Sanitation, dispensaries and jails vaccination Rajputana 1922-1927 - 1922-1927
Year: 1922
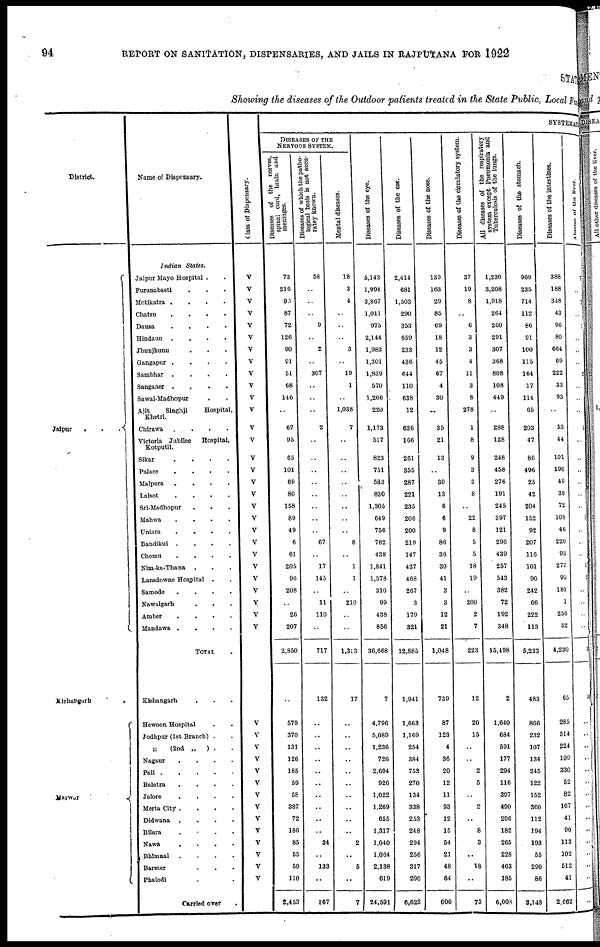
94 REPORT ON SANITATION, DISPENSARIES, AND JAILS IN RAJPUTANA FOR 1922
STAT
Showing the diseases of the Outdoor patients treated in the State Public, Local Fu
District.
Jaipur
...
Kishangarh
..
Marwar
..
Name of Dispensary.
Indian States.
Jaipur Mayo Hospital ..
Puranabasti ...
Motikatra .
.
.
.
Chatsu
.
.
.
.
Dausa
.
.
.
.
Hindaun
.
.
.
.
Jhunjhunu ...
Gangapur ....
Sambhar
.
.
.
.
Sanganer
.
.
.
.
Sawai-Madhopur ..
Ajit
Singhji
Hospital,
Khetri.
Chirawa
....
Victoria Jubilee
Hospital,
Kotputli.
Sikar
.
.
.
.
Palace
.
.
.
.
Malpura
.
.
.
.
Lalsot
.
.
.
.
Sri-Madhopur ...
Mahwa
.
.
.
.
Uniara
.
.
.
.
Bandikui
.
.
.
.
Chomu
.
.
.
.
Nim-ka-Thana ...
Lansdowne Hospital ..
Samode
.
.
.
.
Nawalgarh ...
Amber
.
.
.
.
Mandawa .
.
.
.
TOTAL .
Kishangarh ...
Hewoon Hospital ..
Jodhpur (1st Branch) ..
„
(2nd „
) ..
Nagaur
.
.
.
.
Pali
Balatra
.
.
.
.
Jalore
....
Merta City .
.
.
.
Didwana
....
Bilara
....
Nawa
....
Bhimnal
.
.
.
.
Barmer ...
Phalodi ...
Carried over .
Class of Dispensary.
V
V
V
V
V
V
V
V
V
V
V
V
V
V
V
V
V
V
V
V
V
V
V
V
V
V
V
V
V
V
V
V
V
V
V
V
V
V
V
V
V
V
V
SYSTEMAT
DISEASES OF THE
NERVOUS SYSTEM.
Diseases of the nerves,
spinal cord, brain and
meninges.
73
216
96
87
72
126
90
91
51
68
146
..
67
95
65
101
69
80
158
89
49
6
61
205
96
208
..
26
207
2,850
..
579
370
131
126
185
59
58
387
72
186
85
55
50
110
2,453
D iseases of which the patho-
logical basis is not accu-
ratey known.
58
..
..
..
9
..
2
..
307
..
..
..
2
..
..
..
..
..
..
..
..
67
..
17
145
..
11
110
..
717
132
..
..
..
..
..
..
..
..
..
..
34
..
133
..
167
Mental diseases.
18
3
4
..
..
..
3
..
19
1
..
1,038
7
..
..
..
..
..
..
..
..
8
..
1
1
..
210
..
..
1,313
17
..
..
..
..
..
..
..
..
..
..
2
..
5
..
7
Diseases of the eye.
5,143
1,994
3,867
1,011
975
2,144
1,983
1,301
1,839
570
1,206
220
1,173
517
823
751
583
830
1,305
649
756
762
438
1,841
1,378
310
99
438
856
36,668
7
4,796
5,089
1,236
726
2,694
926
1,022
1,269
655
1,317
1,040
1,064
2,138
619
24,591
Diseases of the ear.
2,414
681
1,503
290
353
659
233
436
644
110
638
12
636
166
261
355
287
221
235
206
200
219
147
437
468
267
3
179
321
12,885
1,941
1,663
1,169
254
384
753
270
134
338
253
248
294
256
317
290
6,623
Diseases of the nose.
139
163
29
85
69
18
12
45
67
4
30
..
35
21
13
..
30
13
6
6
9
86
36
30
41
3
3
12
21
1,048
739
87
123
4
36
20
12
11
93
12
15
54
21
48
64
600
Diseases of the circulatory system.
37
19
8
..
6
3
3
4
11
3
8
278
1
8
9
3
3
8
..
22
8
5
5
18
19
..
200
2
7
223
12
20
15
..
..
2
5
..
2
..
8
3
..
18
..
73
All diseases of the respiratory
system except Pneumonia and
Tuberculosis of the lungs.
1,230
3,208
1,918
264
260
291
307
368
808
108
449
..
288
128
248
458
276
191
245
397
121
296
439
257
543
382
72
192
348
15,498
2
1,640
684
591
177
294
116
397
490
296
182
265
228
463
185
6,003
Diseases of the stomach.
969
235
714
112
86
91
100
115
164
17
114
65
203
47
86
496
25
42
204
152
92
207
116
101
96
242
66
222
113
5,233
483
866
232
107
134
245
122
152
360
112
194
193
55
290
86
3,148
Diseases of the intestines.
388
188
348
43
96
80
664
69
222
33
93
..
53
44
101
190
49
38
72
108
46
220
93
277
95
181
1
256
52
4,230
65
285
514
224
109
330
52
82
167
41
90
113
102
512
41
2,662
Abscess of the liver.
1
..
1
..
1
..
..
..
1
..
..
..
1
..
..
..
..
..
..
1
..
..
..
1
1
..
..
..
..
1
50
..
..
..
..
..
..
..
..
..
..
..
..
..
..
..